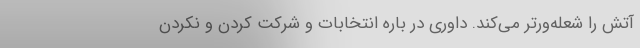
آتش را شعله‌ورتر می‌کند. داوری در باره انتخابات و شرکت کردن و نکردن